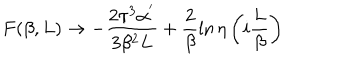
LaTeX: F ( \beta , L ) \rightarrow - \frac { 2 \pi ^ { 3 } \alpha ^ { ' } } { 3 \beta ^ { 2 } L } + \frac { 2 } { \beta } \ln { \eta \left( i \frac { L } { \beta } \right) }